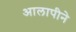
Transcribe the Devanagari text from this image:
आलापीने